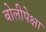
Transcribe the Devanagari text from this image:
बोलीपेक्षा